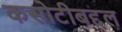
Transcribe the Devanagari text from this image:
कसोटीबद्दल